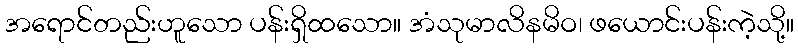
အရောင်တည်းဟူသော ပန်းရှိထသော။ အံသုမာလိနမိဝ၊ ဖယောင်းပန်းကဲ့သို့။